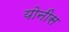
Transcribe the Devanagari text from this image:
योनीस